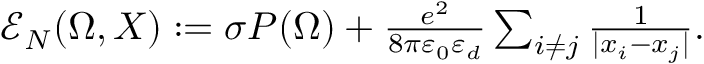
\begin{array} { r } { \mathcal E _ { N } ( \Omega , X ) : = \sigma P ( \Omega ) + { \frac { e ^ { 2 } } { 8 \pi \varepsilon _ { 0 } \varepsilon _ { d } } } \sum _ { i \not = j } { \frac { 1 } { | x _ { i } - x _ { j } | } } . } \end{array}